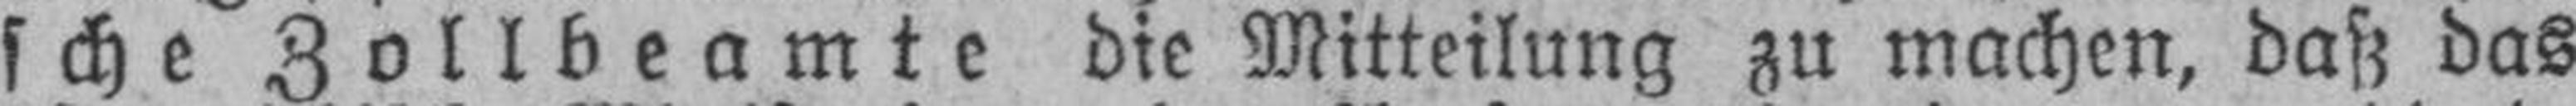
sche Zollbeamte die Mitteilung zu machen, daß das